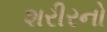
શરીરનો